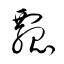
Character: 瓢